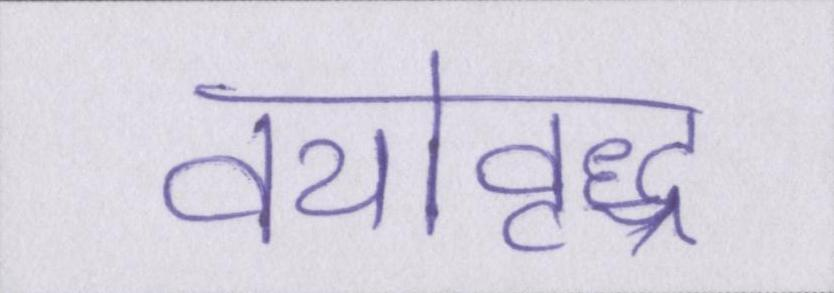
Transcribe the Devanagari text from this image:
वयोवृद्ध